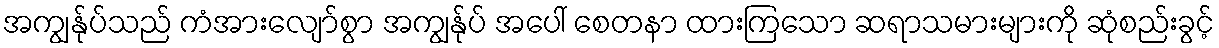
အကျွန်ုပ်သည် ကံအားလျော်စွာ အကျွန်ုပ် အပေါ် စေတနာ ထားကြသော ဆရာသမားများကို ဆုံစည်းခွင့်